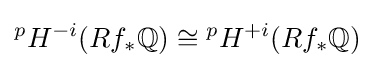
{}^{p}H^{-i}(Rf_{*}\mathbb {Q} )\cong {}^{p}H^{+i}(Rf_{*}\mathbb {Q} )